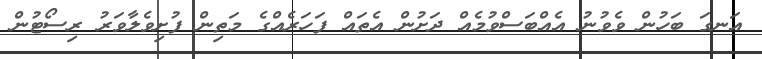
އަނގަ ބަހުން ވެވުނު އެއްބަސްވުމެއް ދަށުން އެތައް ފަހަރެއްގެ މަތިން ފުށިވެލާވަރު ރިސޯޓުން